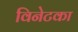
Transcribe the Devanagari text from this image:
विनेटका